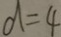
d = 4